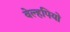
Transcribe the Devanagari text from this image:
वेल्हपियो